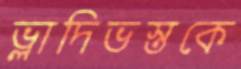
ভ্লাদিভস্তকে